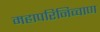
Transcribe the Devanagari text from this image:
महापरिनिव्वाण